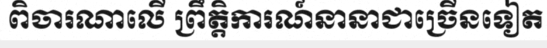
ពិចារណាលើ ព្រឹត្តិការណ៍នានាជាច្រើនទៀត